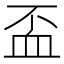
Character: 𧖯